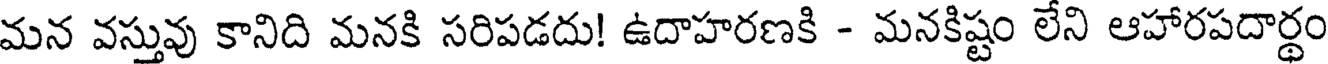
మన వస్తువు కానిది మనకి సరిపడదు! ఉదాహరణకి - మనకిష్టం లేని ఆహారపదార్థం